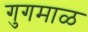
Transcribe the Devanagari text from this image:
गुगमाळ